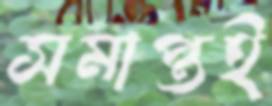
সমাপ্তই